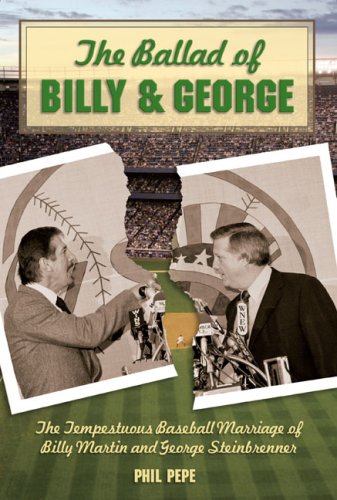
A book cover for The Ballad of Billy and George: The Tempestuous Baseball Marriage of Billy Martin and George Steinbrenner; Phil Pepe; Sports & Outdoors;